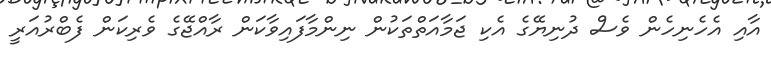
އާއި އެހެނިހެން ވެސް ދުނިޔޭގެ އެކި ޖަމާއަތްތަކުން ނިންމާފައިވާކަން ރާއްޖޭގެ ވެރިކަން ފެބްރުއަރީ